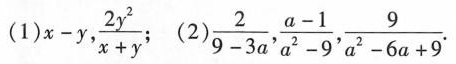
(1)$$x - y$$，$$\frac { 2 y ^ { 2 } } { x + y }$$ (2)$$\frac { 2 } { 9 - 3 a }$$,$$\frac { a - 1 } { a ^ { 2 } - 9 }$$,$$\frac { 9 } { a ^ { 2 } - 6 a + 9 }$$.